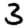
Digit: 3